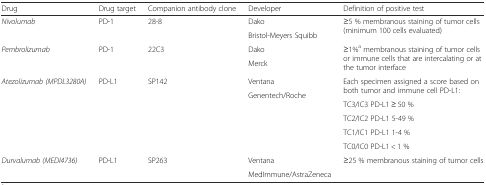
<table><thead><tr><td><b>Drug</b></td><td><b>Drug target</b></td><td><b>Companion antibody clone</b></td><td><b>Developer</b></td><td><b>Definition of positive test</b></td></tr></thead><tbody><tr><td rowspan="2"><i>Nivolumab</i></td><td rowspan="2">PD-1</td><td rowspan="2">28-8</td><td>Dako</td><td rowspan="2">≥5 % membranous staining of tumor cells (minimum 100 cells evaluated)</td></tr><tr><td>Bristol-Meyers Squibb</td></tr><tr><td rowspan="2"><i>Pembrolizumab</i></td><td rowspan="2">PD-1</td><td rowspan="2">22C3</td><td>Dako</td><td rowspan="2">≥1%<sup>a</sup> membranous staining of tumor cells or immune cells that are intercalating or at the tumor interface</td></tr><tr><td>Merck</td></tr><tr><td rowspan="6"><i>Atezolizumab (MPDL3280A)</i></td><td rowspan="6">PD-L1</td><td rowspan="6">SP142</td><td>Ventana</td><td rowspan="2">Each specimen assigned a score based on both tumor and immune cell PD-L1:</td></tr><tr><td rowspan="5">Genentech/Roche</td></tr><tr><td>TC3/IC3 PD-L1 ≥ 50 %</td></tr><tr><td>TC2/IC2 PD-L1 5-49 %</td></tr><tr><td>TC1/IC1 PD-L1 1-4 %</td></tr><tr><td>TC0/IC0 PD-L1 &lt; 1 %</td></tr><tr><td rowspan="2"><i>Durvalumab (MEDI4736)</i></td><td rowspan="2">PD-L1</td><td rowspan="2">SP263</td><td>Ventana</td><td rowspan="2">≥25 % membranous staining of tumor cells</td></tr><tr><td>MedImmune/AstraZeneca</td></tr></tbody></table>